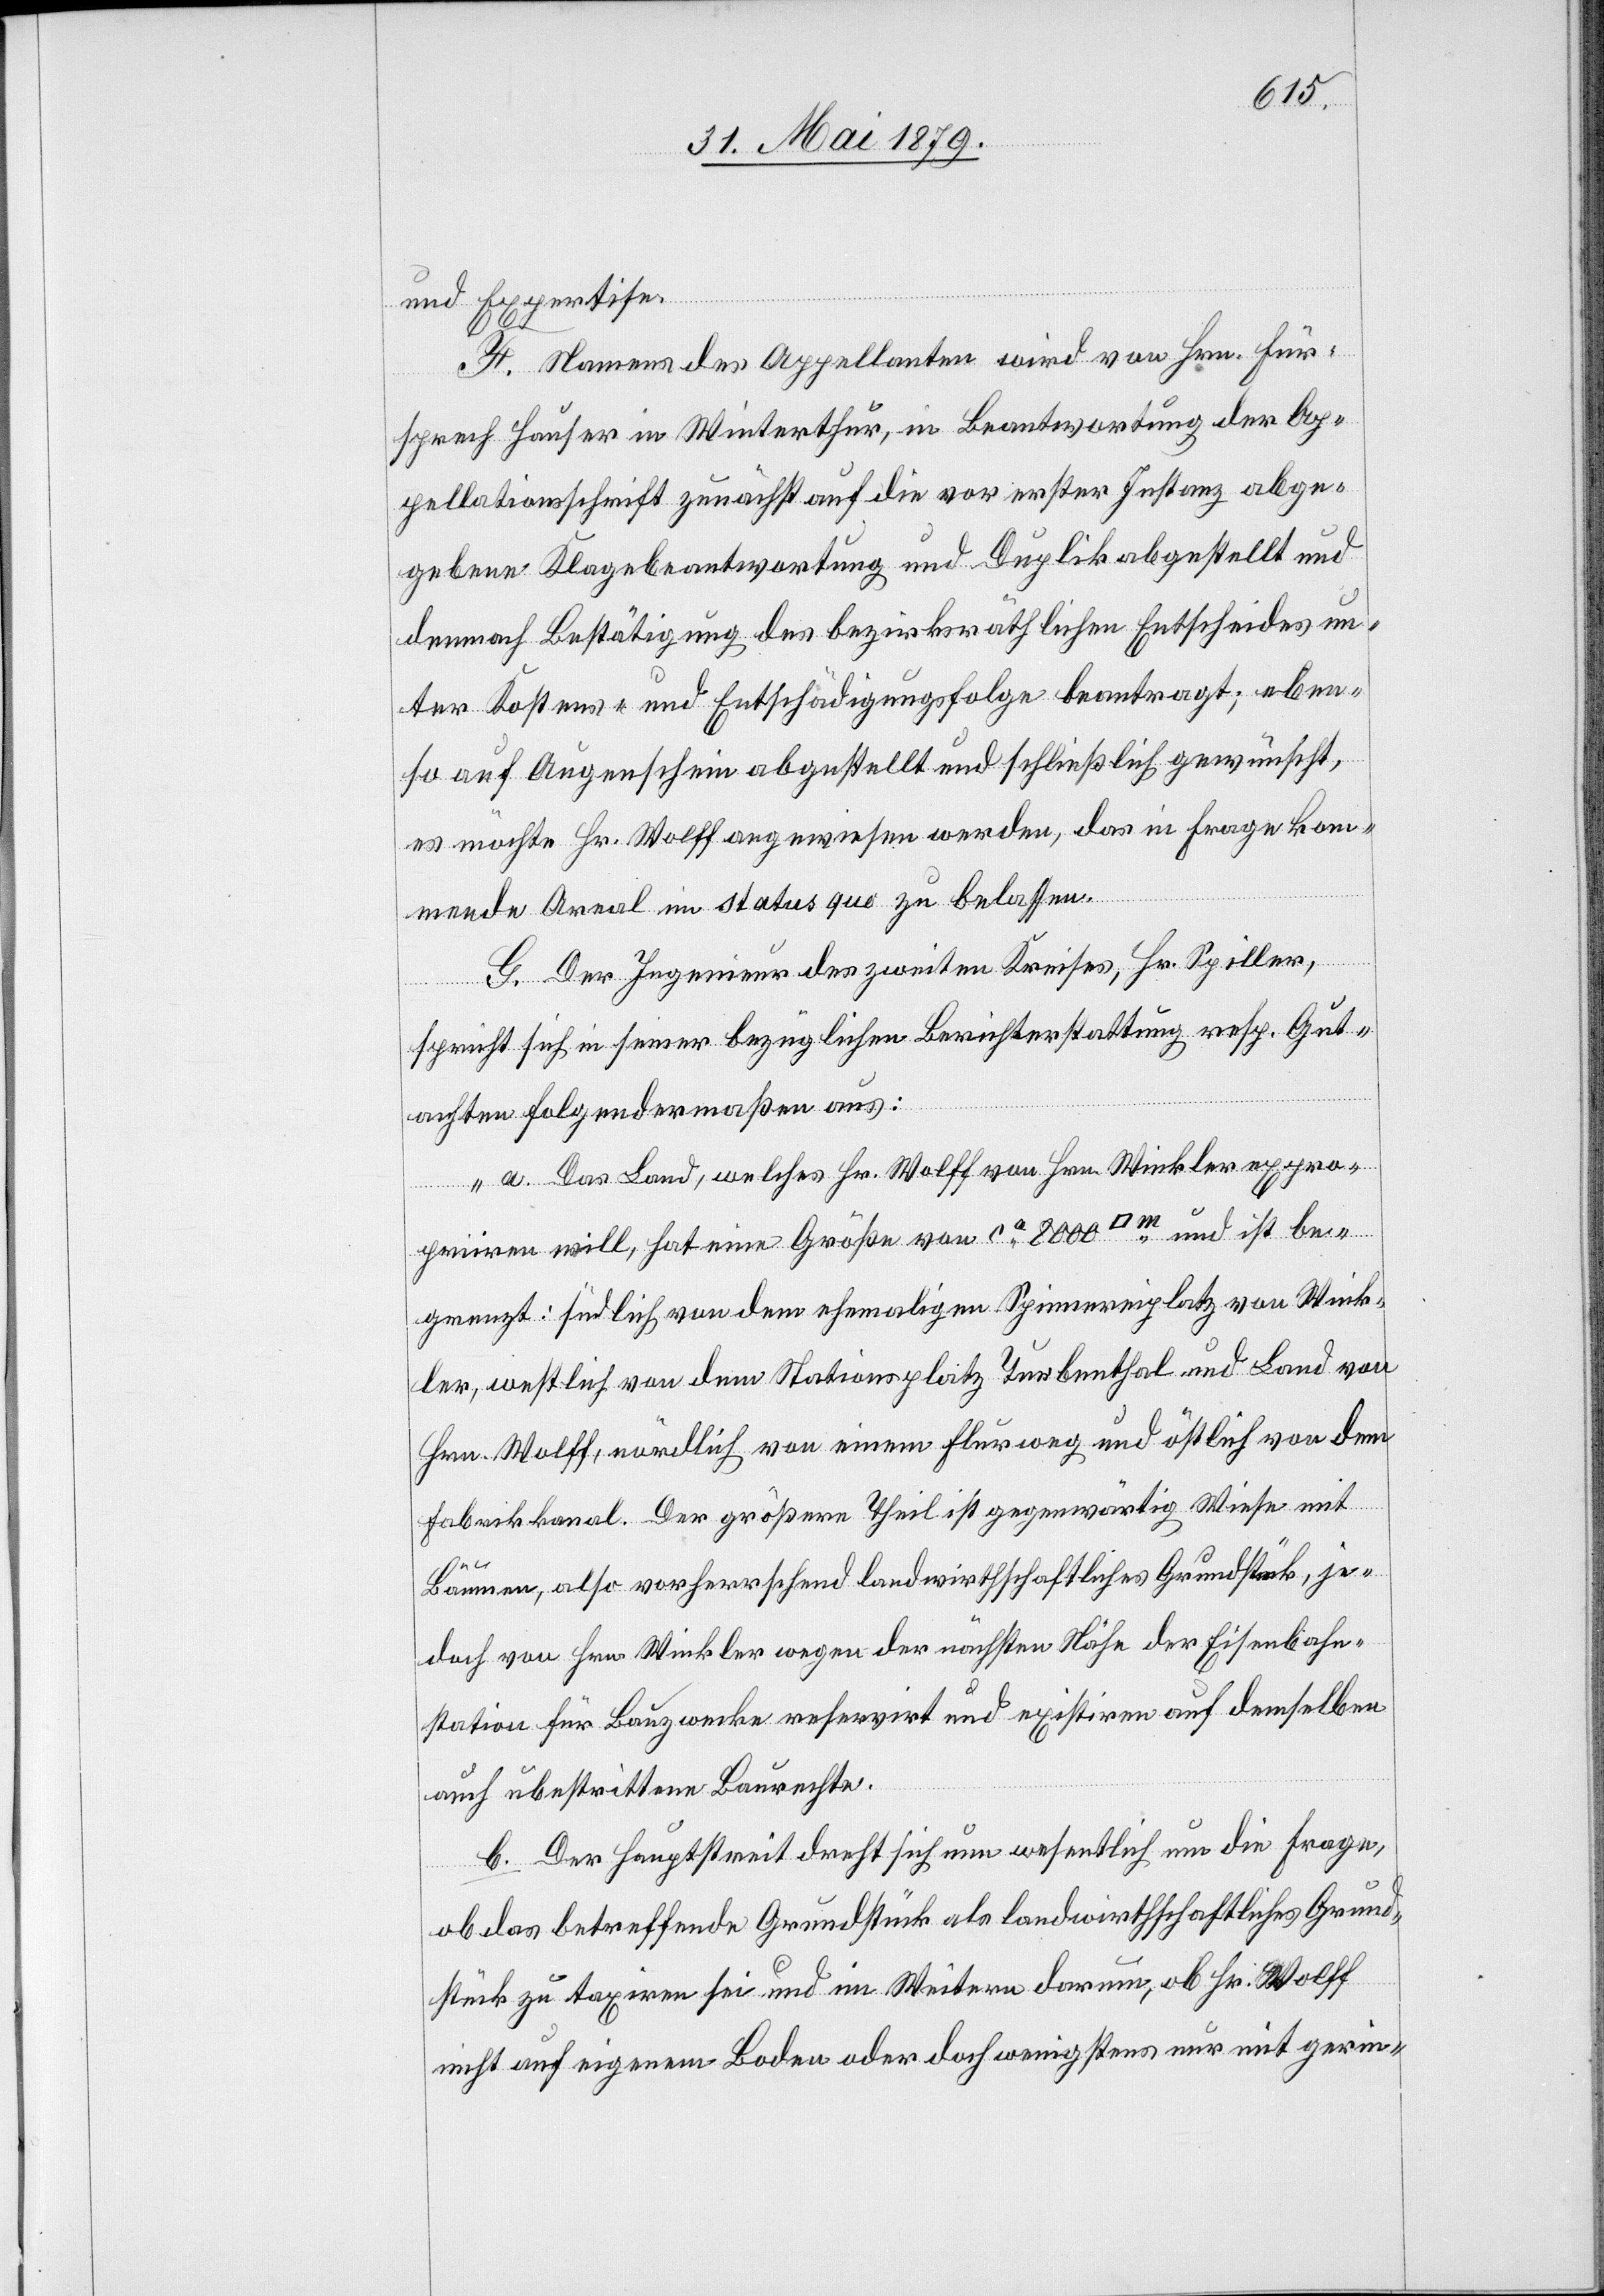
und Expertise.
F. Namens des Appellanten wird von Hrn. Für¬
sprech Hauser in Winterthur, in Beantwortung der Ap¬
pellationsschrift zunächst auf die vor erster Instanz abge¬
gebene Klagebeantwortung und Duplik abgestellt und
demnach Bestätigung des bezirksräthlichen Entscheides un¬
ter Kostens- und Entschädigungsfolge beantragt; eben¬
so auf Augenschein abgestellt und schließlich gewünscht,
es möchte Hr. Wolff angewiesen werden, das in Frage kom¬
mende Areal im status quo zu belassen.
G. Der Ingenieur des zweiten Kreises, Hr. Spiller,
spricht sich in seiner bezüglichen Berichterstattung resp. Gut¬
achten folgendermaßen aus:
„a. Das Land, welches Hr. Wolff von Hrn. Winkler expro¬
priiren will, hat eine Größe von ca 8000 [Quadratmeter] und ist be¬
grenzt: südlich von dem ehemaligen Spinnereiplatz von Wink¬
ler, westlich von dem Stationsplatz Turbenthal und Land von
Hrn. Wolff, nördlich von einem Flurweg und östlich von dem
Fabrikkanal. Der größere Theil ist gegenwärtig Wiese mit
Bäumen, also vorherrschend landwirthschaftliches Grundstück, je¬
doch von Hrn. Winkler wegen der nächsten Nähe der Eisenbahn¬
station für Bauzwecke reservirt und existiren auf demselben
auch u[n]bestrittene Baurechte.
b. Der Hauptstreit dreht sich nun wesentlich um die Frage,
ob das betreffende Grundstück als landwirthschaftliches Grund¬
stück zu taxiren sei und im Weitern darum, ob Hr. Wolff
nicht auf eigenem Boden oder doch wenigstens nur mit gerin-